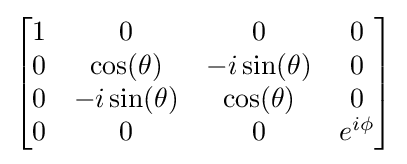
{\begin{bmatrix}1&0&0&0\\0&\cos(\theta )&-i\sin(\theta )&0\\0&-i\sin(\theta )&\cos(\theta )&0\\0&0&0&e^{i\phi }\\\end{bmatrix}}